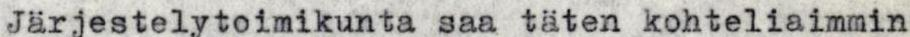
Järjestelytoimikunta saa täten kohteliaimmin